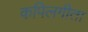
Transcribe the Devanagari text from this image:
कपिलगीता